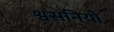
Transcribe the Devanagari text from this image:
श्वसनियों